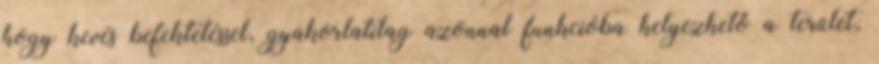
hogy kevés befektetéssel, gyakorlatilag azonnal funkcióba helyezhető a terület,